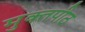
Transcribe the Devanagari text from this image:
मुक्‍तपीठ